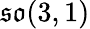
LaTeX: {\mathfrak{so}}(3,1)